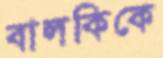
বালকিকে